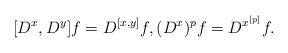
LaTeX: \begin{align*} &[D^x,D^y]f=D^{[x,y]}f,(D^x)^p f=D^{x^{[p]}}f.\end{align*}